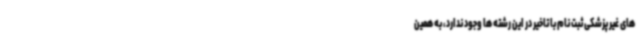
های غیر پزشکی ثبت نام با تاخیر در این رشته ها وجود ندارد، به همین